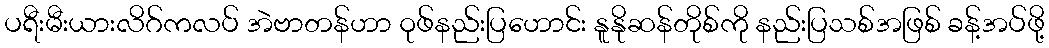
ပရီးမီးယားလိဂ်ကလပ် အဲဗာတန်ဟာ ဝုဖ်နည်းပြဟောင်း နူနိုဆန်တိုစ်ကို နည်းပြသစ်အဖြစ် ခန့်အပ်ဖို့